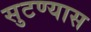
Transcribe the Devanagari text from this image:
सुटण्यास